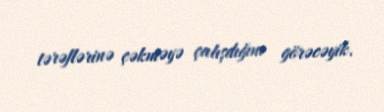
tərəflərinə çəkməyə çalışdığını görəcəyik.